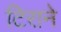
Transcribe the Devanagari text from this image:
टिराने